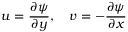
u = \frac { \partial \psi } { \partial y } , \quad v = - \frac { \partial \psi } { \partial x }